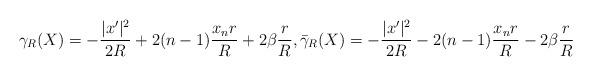
LaTeX: \begin{align*}\gamma_R(X)=- \frac{|x'|^2}{2R} + 2(n-1)\frac{x_n r}{R} + 2 \beta \frac{r}{R}, \bar \gamma_R(X)=- \frac{|x'|^2}{2R} - 2(n-1)\frac{x_n r}{R}- 2 \beta \frac{r}{R}\end{align*}